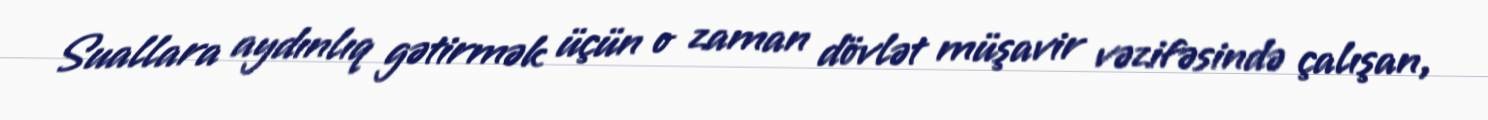
Suallara aydınlıq gətirmək üçün o zaman dövlət müşavir vəzifəsində çalışan,